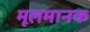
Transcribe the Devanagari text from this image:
मूलमानक